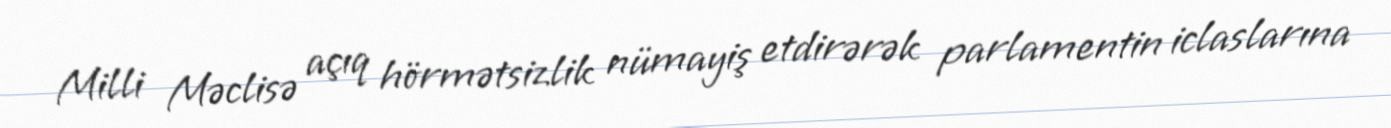
Milli Məclisə açıq hörmətsizlik nümayiş etdirərək parlamentin iclaslarına